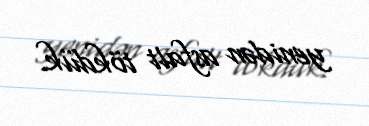
yenidən asfalt tökdük.